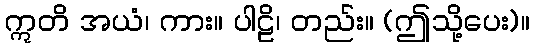
ဣတိ အယံ၊ ကား။ ပါဠိ၊ တည်း။ (ဤသို့ပေး)။